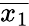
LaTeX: \overline{{x_{1}}}